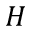
H